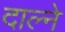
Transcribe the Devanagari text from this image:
दाल्ने